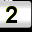
Digit: 2